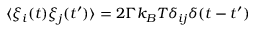
\langle \xi _ { i } ( t ) \xi _ { j } ( t ^ { \prime } ) \rangle = 2 \Gamma k _ { B } T \delta _ { i j } \delta ( t - t ^ { \prime } )